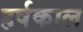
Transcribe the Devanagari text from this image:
हर्षकाल